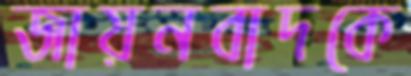
জায়নবাদকে